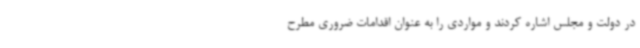
در دولت و مجلس اشاره کردند و مواردی را به عنوان اقدامات ضروری مطرح